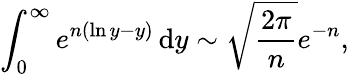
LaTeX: \int_{0}^{\infty}e^{n(\ln y-y)}\, \mathrm{{d}}y\sim{\sqrt{\frac{2\pi}{n}}}e^{-n},